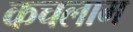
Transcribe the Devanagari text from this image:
कचलाम